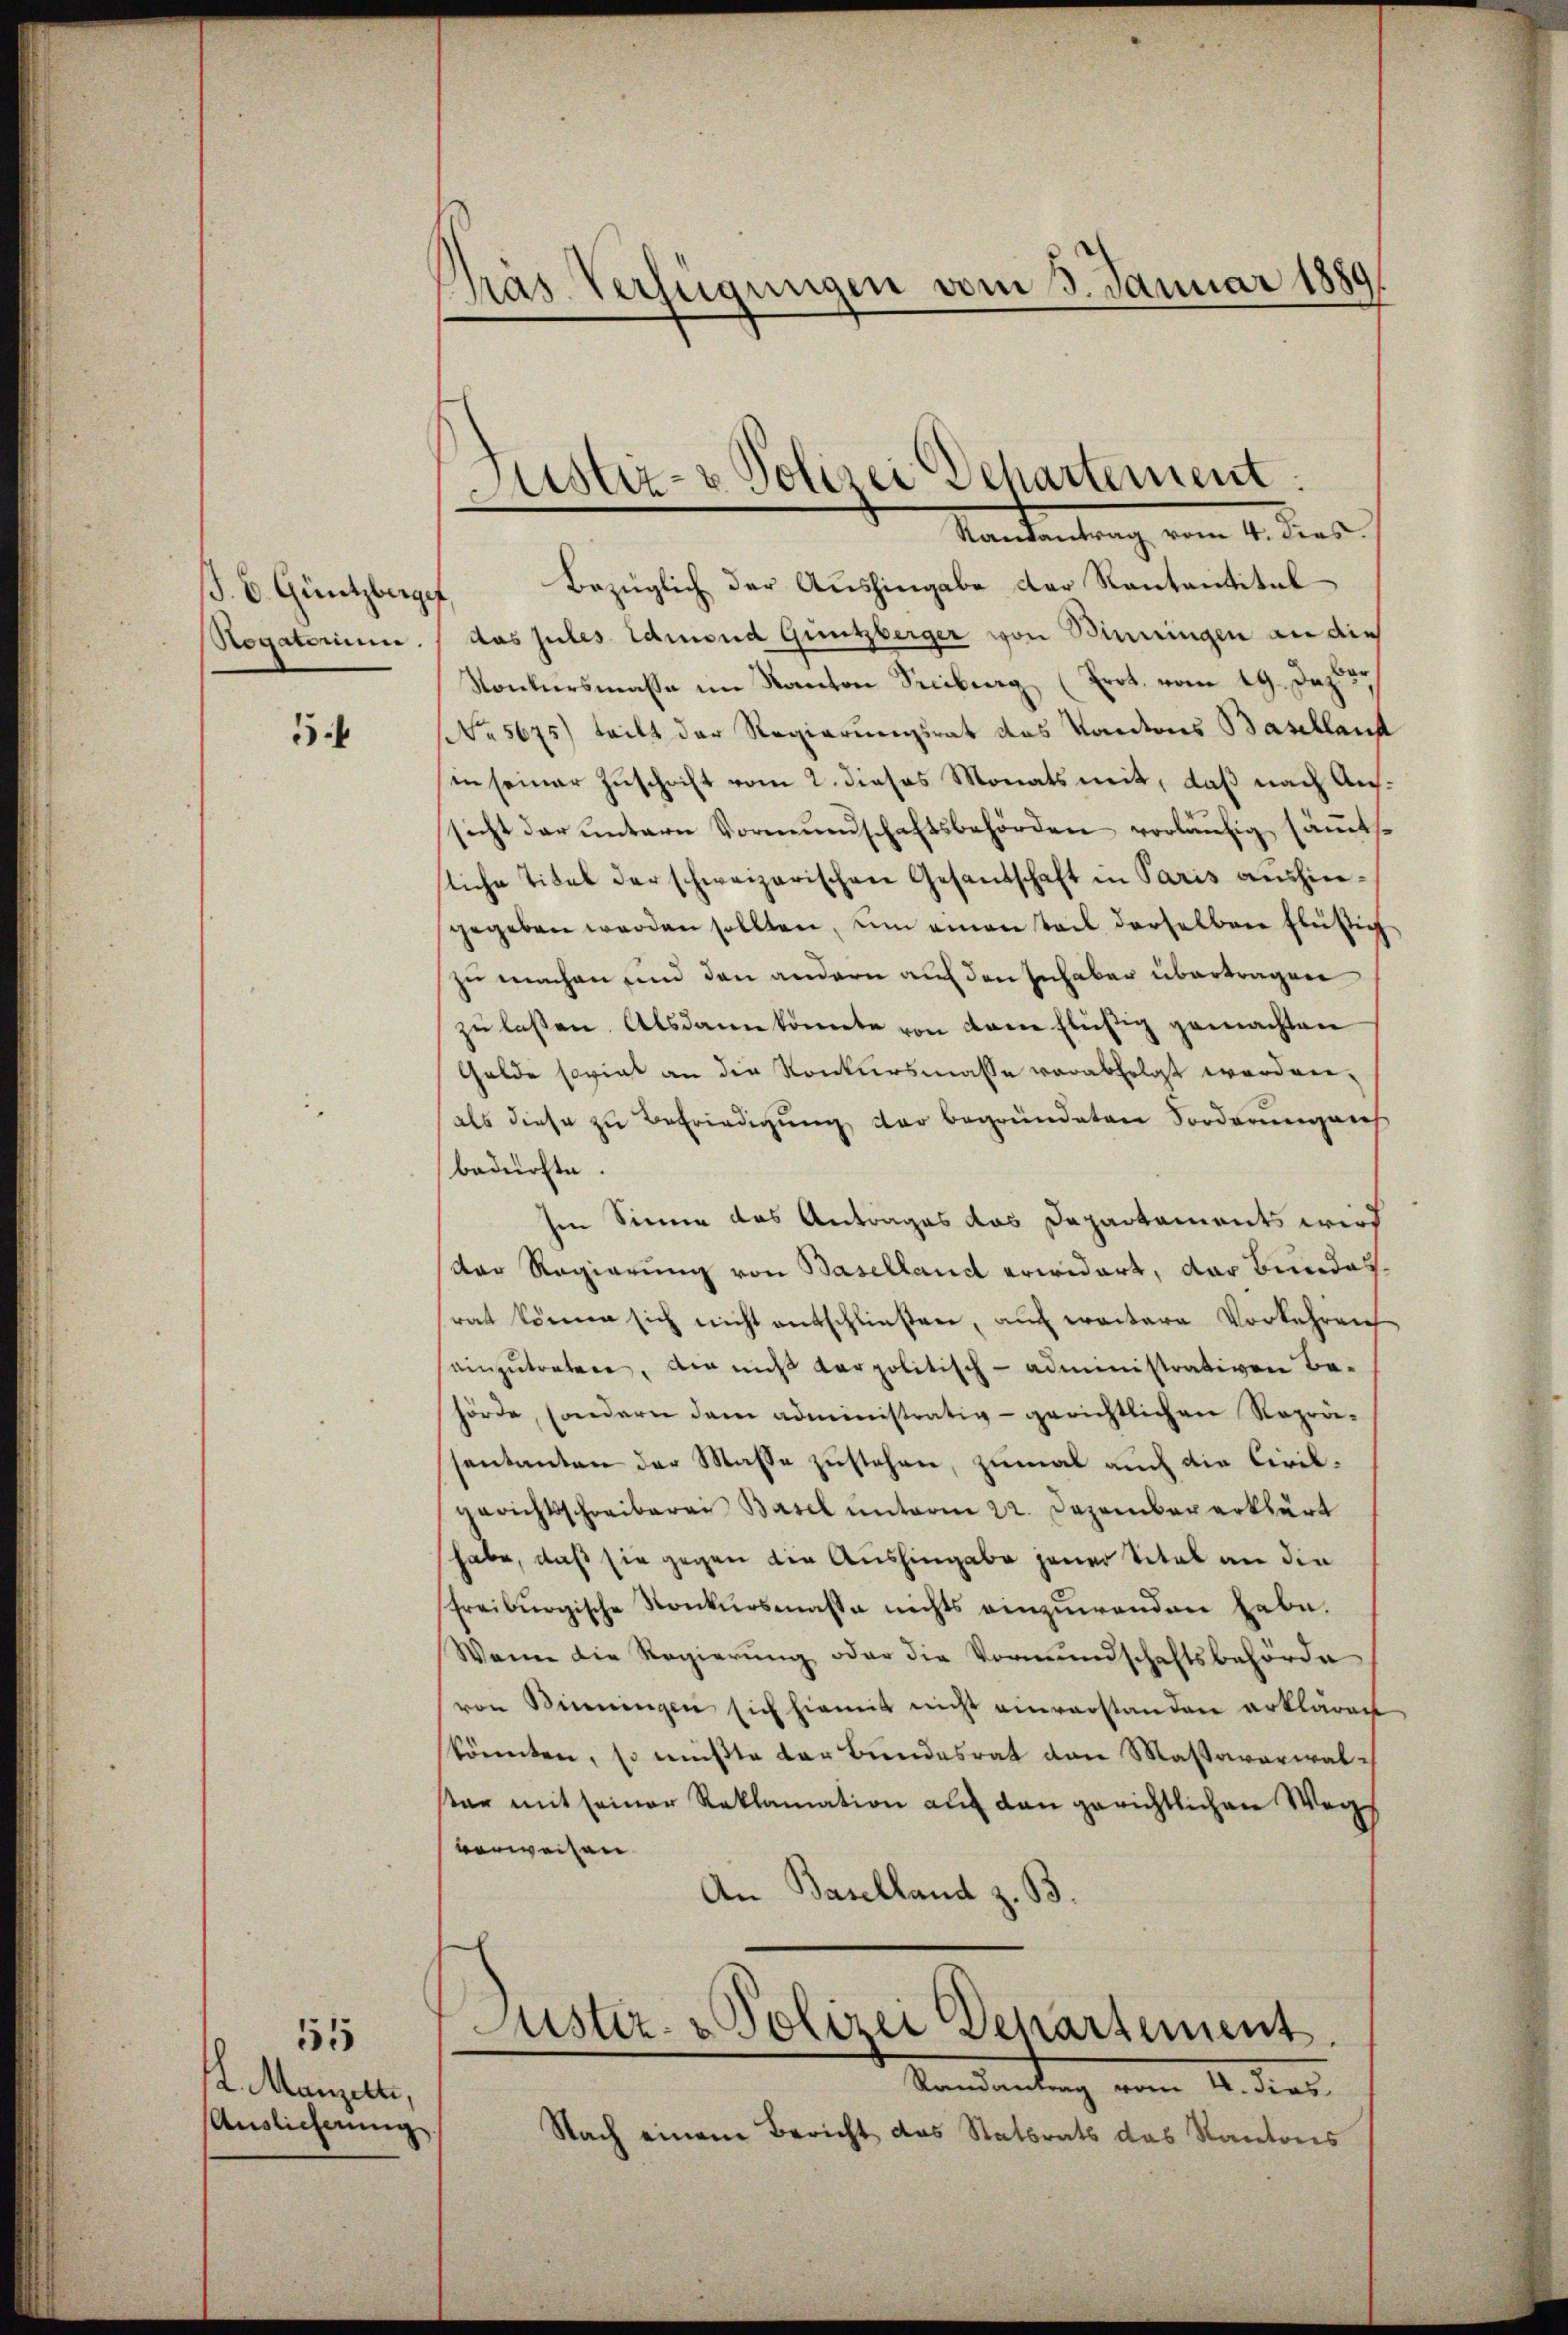
ß. E. Güntzberge
Rogatorium.

5

55
L. Manzell,
Auslieferung

Gras Verfügungen vom 3. Januar 1889

Justiz- & Polizer Separtement.

Mandantung vom 4. dies
Bezüglich der Aushingabe der Kantantital
das zules Admond Guntzberger von Binningen an die
Konkursmasse im Kanton Seciburg (Erot. vom 19. Dazu u.
(No 5675) teilt der Regierungsrat das Kantons Baselland
in seiner Zuschrift vom 2. dieses Monats mit, daß nach Aussicht der untern Vormŭndschaftsbehörden vorläufig sämmtliche Titel der schweizerischen Gesandschaft in Paris aushingegeben werden sollten, ŭm einen Teil derselben flüssig
zu machen und den andern auf den Inhaber übertragen
zu lassen. Alsdann konnte von dene flüßig gemachten
Gelde soviel an die Konkursmasse verabfolgt worden.
als diese zu Befriedigung der begründeten Forderung nich
bedürfte.
Im Sinne das Antrages das Departements wird
Der Regierung von Baselland erwidert, das Bundes.
rat könne sich nicht entschließen, auf weitere Vorkehren
einzŭtreten, der nicht verpolitisch-administrativen Be-
hörde, sondern dem administrativ- gerichtlichen Reprä-
sentanten der Masse zustehen, zumal auch die Civilgerichtsschreiberei Basel unterm 22. Dezember erklärt
habe, daß sie gegen die Aushingabe jener Vital an die
Freiburgische Konkursmasse nichts einzuwenden habe.
Wenn die Regierŭng oder die Vormundschaftsbehörde
von Binnungen sich hiemit nicht einverstanden erklären
könnten, so müßte der Bundesrat den Massaverwalster mit seiner Reklamation auf den gerichtlichen Wegs
verweisen.
An Baselland z. B.
Justiz- & Polizei Departement.
Randantrag vom 4. dies
Nach einem Bericht das Statsrats das Kantons